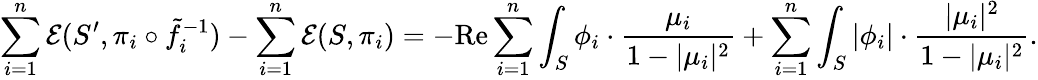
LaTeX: \sum_{i=1}^{n}\mathcal{E}(S^{\prime},\pi_{i}\circ\tilde{f}_{i}^{-1})-\sum_{i=1}^{n}\mathcal{E}(S,\pi_{i})=-\textrm{Re}\sum_{i=1}^{n}\int_{S}\phi_{i}\cdot\frac{\mu_{i}}{1-|\mu_{i}|^{2}}+\sum_{i=1}^{n}\int_{S}|\phi_{i}|\cdot\frac{|\mu_{i}|^{2}}{1-|\mu_{i}|^{2}}.